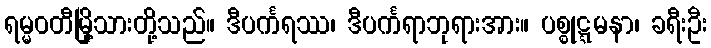
ရမ္မဝတီမြို့သားတို့သည်။ ဒီပင်္ကရဿ၊ ဒီပင်္ကရာဘုရားအား။ ပစ္စုဋ္ဋမနာ၊ ခရီးဦး